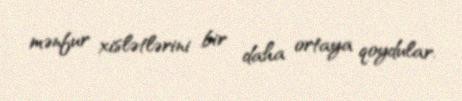
mənfur xislətlərini bir daha ortaya qoydular.